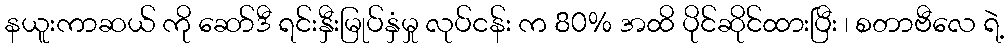
နယူးကာဆယ် ကို ဆော်ဒီ ရင်းနှီးမြုပ်နှံမှု လုပ်ငန်း က 80% အထိ ပိုင်ဆိုင်ထားပြီး ၊ စတာဗီလေ ရဲ့